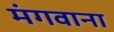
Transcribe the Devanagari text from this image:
मंगवाना